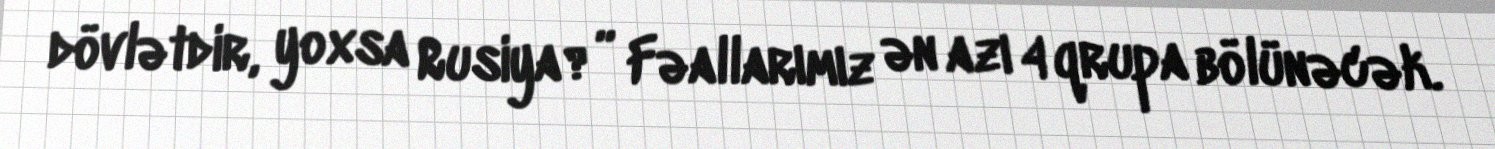
dövlətdir, yoxsa Rusiya?” Fəallarımız ən azı 4 qrupa bölünəcək.